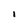
Character: i